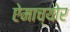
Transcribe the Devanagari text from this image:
ऐमाच्योर